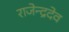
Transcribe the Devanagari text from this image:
राजेन्द्रदेव